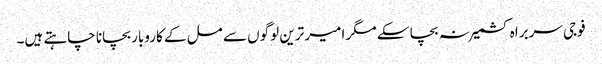
فوجی سربراہ کشمیر نہ بچا سکے مگر امیر ترین لوگوں سے مل کے کاروبار بچانا چاہتے ہیں۔